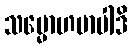
သမ္မောဟမာပါဒိ